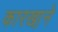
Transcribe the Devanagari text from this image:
कारखा़ने